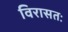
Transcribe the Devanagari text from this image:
विरासतः